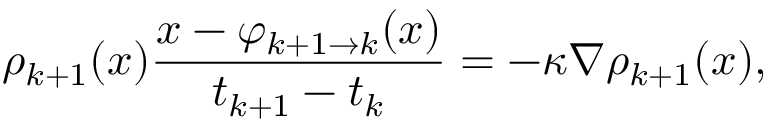
\rho _ { k + 1 } ( x ) \frac { x - \varphi _ { k + 1 \to k } ( x ) } { t _ { k + 1 } - t _ { k } } = - \kappa \nabla \rho _ { k + 1 } ( x ) ,